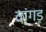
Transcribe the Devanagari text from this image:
वांगड़